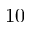
1 0